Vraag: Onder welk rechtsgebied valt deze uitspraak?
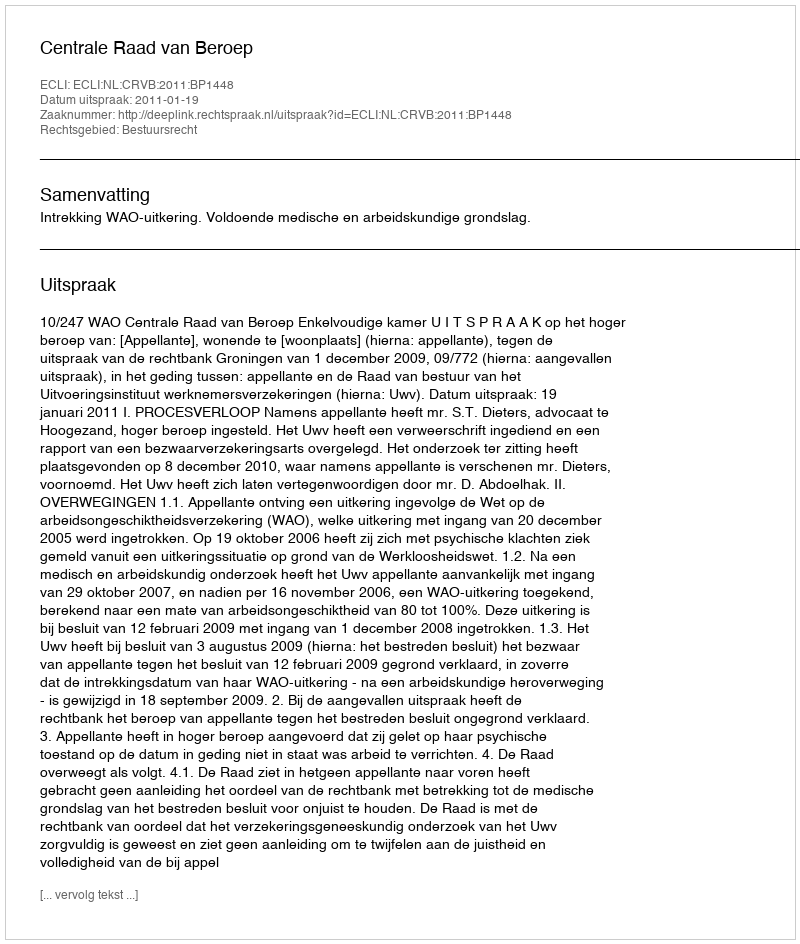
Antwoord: Bestuursrecht